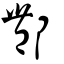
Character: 酆